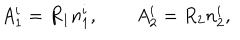
LaTeX: A _ { 1 } ^ { i } = R _ { 1 } n _ { 1 } ^ { i } , \qquad A _ { 2 } ^ { i } = R _ { 2 } n _ { 2 } ^ { i } ,